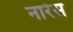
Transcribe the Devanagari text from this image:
नारेस